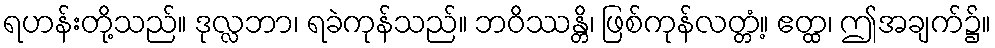
ရဟန်းတို့သည်။ ဒုလ္လဘာ၊ ရခဲကုန်သည်။ ဘဝိဿန္တိ၊ ဖြစ်ကုန်လတ္တံ့။ ဧတ္ထ၊ ဤအချက်၌။